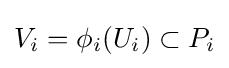
V_{i}=\phi _{i}(U_{i})\subset P_{i}